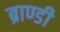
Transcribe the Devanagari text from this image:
ब्राण्डी